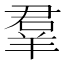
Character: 羣